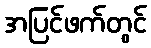
အပြင်ဖက်တွင်